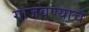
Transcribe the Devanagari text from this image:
गाजवण्याचे